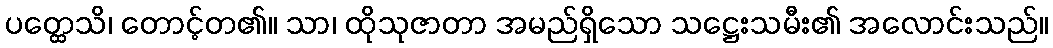
ပတ္ထေသိ၊ တောင့်တ၏။ သာ၊ ထိုသုဇာတာ အမည်ရှိသော သဋ္ဌေးသမီး၏ အလောင်းသည်။